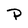
Character: P